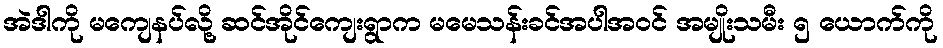
အဲဒါကို မကျေနပ်လို့ ဆင်အိုင်ကျေးရွာက မမေသန်းခင်အပါအဝင် အမျိုးသမီး ၅ ယောက်ကို